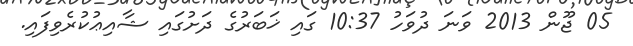
05 ޖޫން 2013 ވަނަ ދުވަހު 10:37 ގައި ޚަބަރުގެ ދަށުގައި ޝާއިޢުކުރެވިފައި.